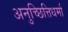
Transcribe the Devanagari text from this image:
अनुच्छित्तिधर्मा